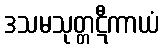
ဒသမသုတ္တဋီကာယံ